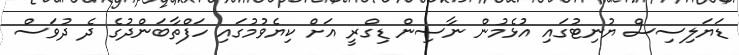
ޑަޔަލިސިސް ޔުނިޓުގައި އުޅެމުން ނާސިން ޑިގްރީ އަށް ކިޔެވުމުގައި ހަފްތާބަންދުގެ ދެ ދުވަސް